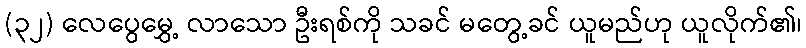
(၃၂) လေပွေမွှေ့ လာသော ဦးရစ်ကို သခင် မတွေ့ခင် ယူမည်ဟု ယူလိုက်၏၊